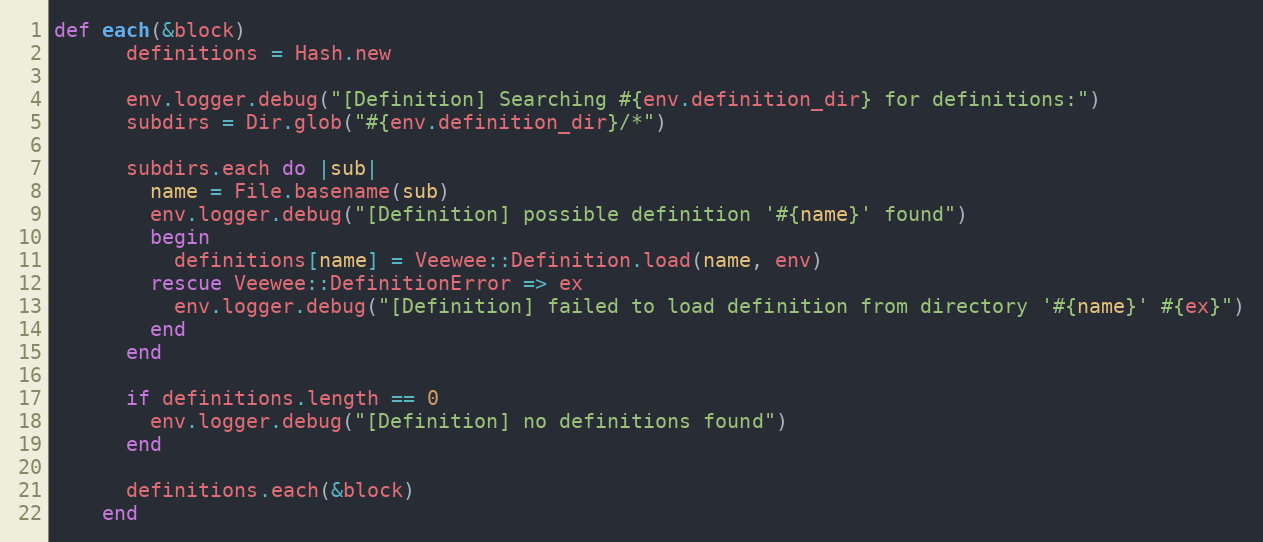
Language: Ruby
def each(&block)
      definitions = Hash.new

      env.logger.debug("[Definition] Searching #{env.definition_dir} for definitions:")
      subdirs = Dir.glob("#{env.definition_dir}/*")

      subdirs.each do |sub|
        name = File.basename(sub)
        env.logger.debug("[Definition] possible definition '#{name}' found")
        begin
          definitions[name] = Veewee::Definition.load(name, env)
        rescue Veewee::DefinitionError => ex
          env.logger.debug("[Definition] failed to load definition from directory '#{name}' #{ex}")
        end
      end

      if definitions.length == 0
        env.logger.debug("[Definition] no definitions found")
      end

      definitions.each(&block)
    end